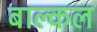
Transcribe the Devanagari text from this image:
बाल्कल